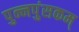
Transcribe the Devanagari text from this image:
पुन्नपुंसकम्‌